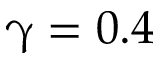
\upgamma = 0 . 4